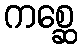
ကစ္ဆေ